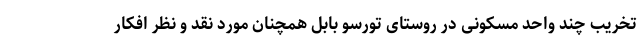
تخریب چند واحد مسکونی در روستای تورسو بابل همچنان مورد نقد و نظر افکار